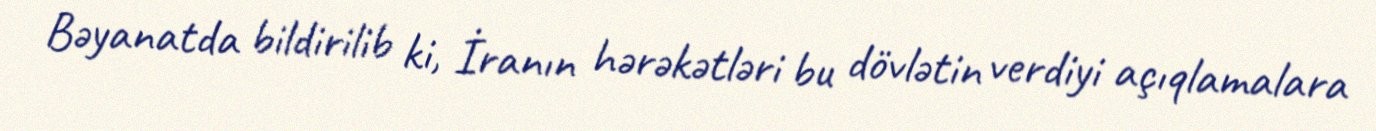
Bəyanatda bildirilib ki, İranın hərəkətləri bu dövlətin verdiyi açıqlamalara